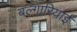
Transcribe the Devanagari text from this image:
बल्गारियाई